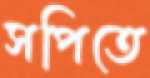
সপিতে